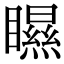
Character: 𥌁